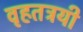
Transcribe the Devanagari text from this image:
वृहतत्रयी